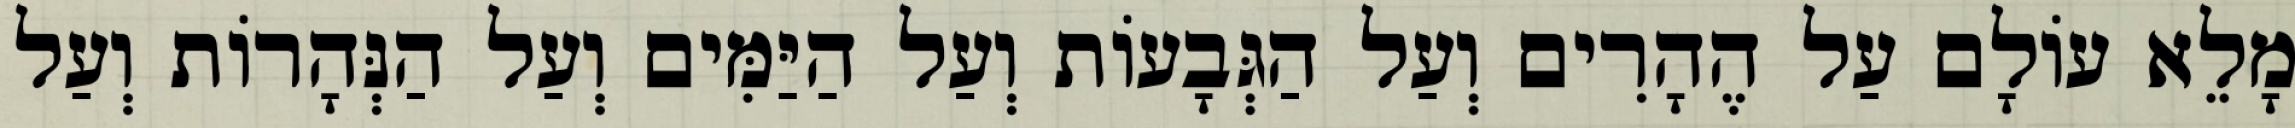
מָלֵא עוֹלָם עַל הֶהָרִים וְעַל הַגְּבָעוֹת וְעַל הַיַּמִּים וְעַל הַנְּהָרוֹת וְעַל